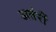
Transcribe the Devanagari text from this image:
अतंरीं